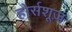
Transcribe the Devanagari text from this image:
होर्सशूज़